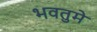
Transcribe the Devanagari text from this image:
भवतुमे